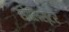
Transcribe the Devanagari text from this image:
सोलिस्टर